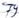
Text: 79